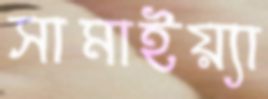
সামাইয়্যা